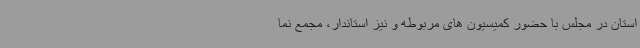
استان در مجلس با حضور کمیسیون های مربوطه و نیز استاندار، مجمع نما